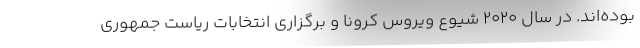
بوده‌اند. در سال ۲۰۲۰ شیوع ویروس کرونا و برگزاری انتخابات ریاست جمهوری